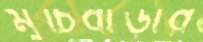
মুচিবাড়ীর